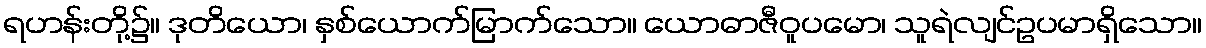
ရဟန်းတို့၌။ ဒုတိယော၊ နှစ်ယောက်မြာက်သော။ ယောဓာဇီဝူပမော၊ သူရဲလျင်ဥပမာရှိသော။